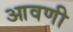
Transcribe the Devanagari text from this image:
आवणी